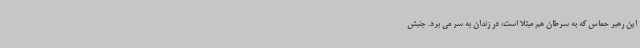
این رهبر حماس که به سرطان هم مبتلا است، در زندان به سر می برد. جنبش